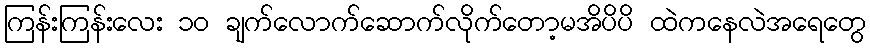
ကြန်းကြန်းလေး ၁၀ ချက်လောက်ဆောက်လိုက်တော့မအိပိပိ ထဲကနေလဲအရေတွေ